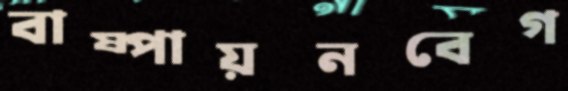
বাষ্পায়নবেগ